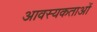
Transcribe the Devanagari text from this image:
आवस्यकताओं